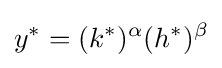
y^{*}=(k^{*})^{\alpha }(h^{*})^{\beta }